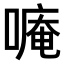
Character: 𫫡